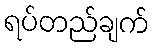
ရပ်တည်ချက်